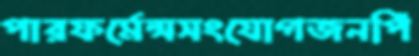
পারফর্মেন্সসংযোগজনপিঁ